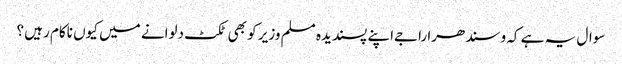
سوال یہ ہے کہ وسندھرا راجےاپنے پسندیدہ مسلم وزیر کو بھی ٹکٹ دلوانے میں کیوں ناکام رہیں ؟